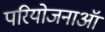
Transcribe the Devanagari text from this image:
परियोजनाऑं